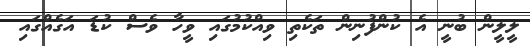
ލީލީން ބުނީ އެ ކުންފުނިން ތަކެތި ވިއްކުމުގައި ވީހާ ވެސް ކުޑަ އަގެއްގައި